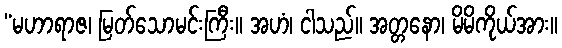
“မဟာရာဇ၊ မြတ်သောမင်းကြီး။ အဟံ၊ ငါသည်။ အတ္တနော၊ မိမိကိုယ်အား။